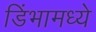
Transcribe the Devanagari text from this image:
डिंभामध्ये